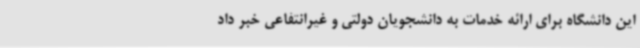
این دانشگاه برای ارائه خدمات به دانشجویان دولتی و غیرانتفاعی خبر داد